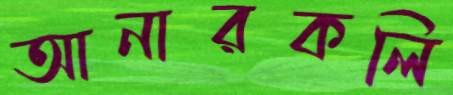
আনারকলি